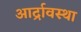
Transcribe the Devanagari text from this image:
आर्द्रावस्था